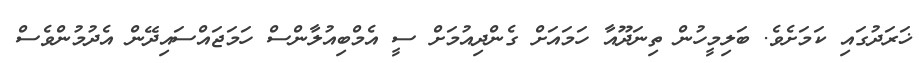
ޚަރަދުގައި ކަމަށެވެ. ބަލިމީހުން ތިނަދޫއާ ހަމައަށް ގެންދިއުމަށް ސީ އެމްބިއުލާންސް ހަމަޖައްސައިދޭން އެދުމުންވެސް